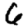
Digit: 6